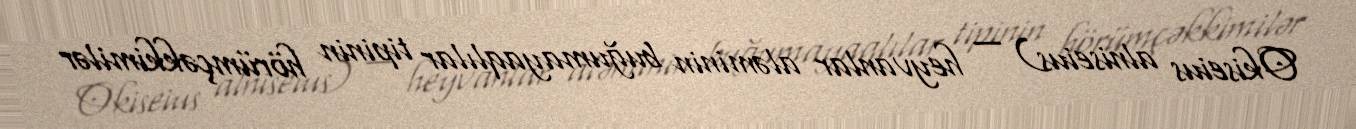
Okiseius alniseius) — heyvanlar aləminin buğumayaqlılar tipinin hörümçəkkimilər